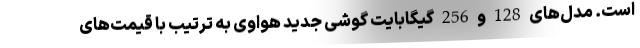
است. مدل‌های 128 و 256 گیگابایت گوشی جدید هواوی به ترتیب با قیمت‌های